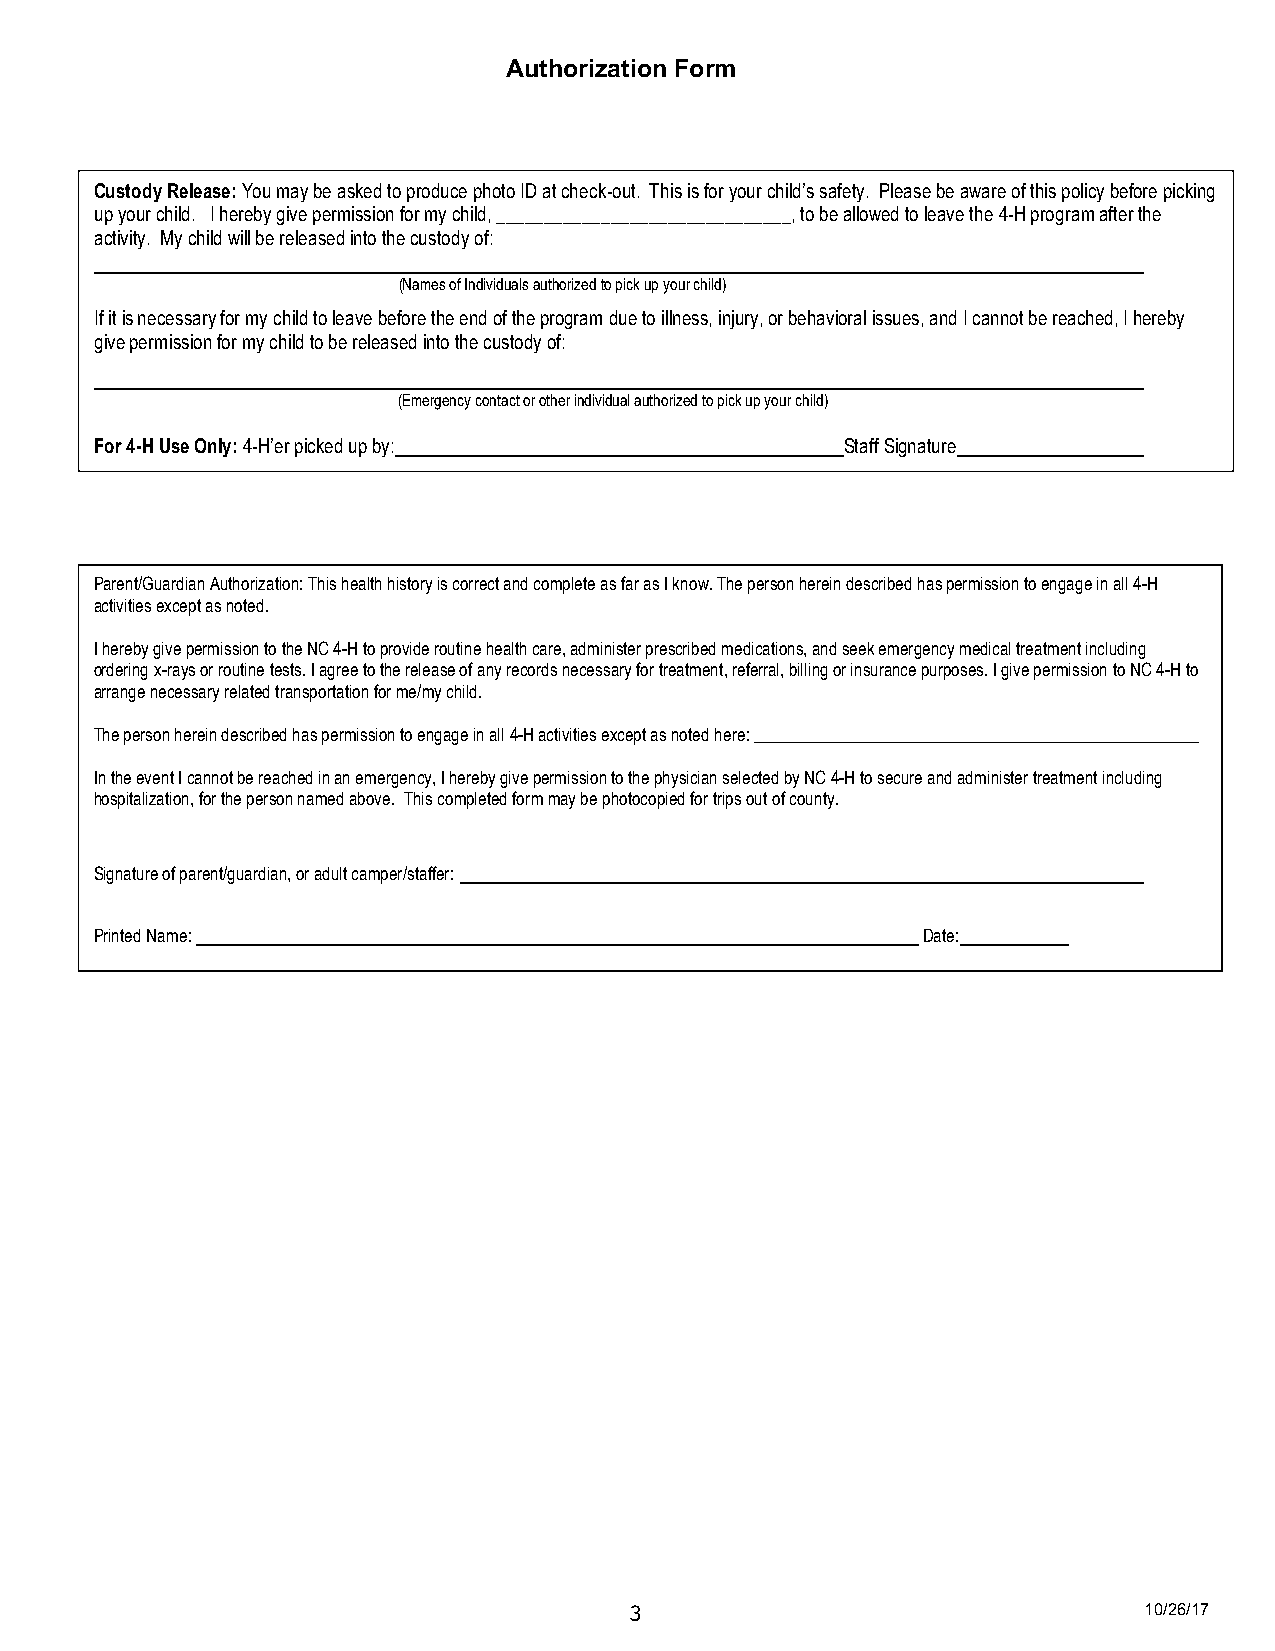
Authorization Form
 Custody Release: You may be asked to produce photo ID at check-out. This is for your child’s safety. Please be aware of this policy before picking
 up your child. I hereby give permission for my child, _______________________________, to be allowed to leave the 4-H program after the
 activity. My child will be released into the custody of:
 (Names of Individuals authorized to pick up your child)
 If it is necessary for my child to leave before the end of the program due to illness, injury, or behavioral issues, and I cannot be reached, I hereby
 give permission for my child to be released into the custody of:
 (Emergency contact or other individual authorized to pick up your child)
 For 4-H Use Only: 4-H’er picked up by:            Staff Signature
 Parent/Guardian Authorization: This health history is correct and complete as far as I know. The person herein described has permission to engage in all 4-H
 activities except as noted.
 I hereby give permission to the NC 4-H to provide routine health care, administer prescribed medications, and seek emergency medical treatment including
 ordering x-rays or routine tests. I agree to the release of any records necessary for treatment, referral, billing or insurance purposes. I give permission to NC 4-H to
 arrange necessary related transportation for me/my child.
 The person herein described has permission to engage in all 4-H activities except as noted here: ____________________________________________________
 In the event I cannot be reached in an emergency, I hereby give permission to the physician selected by NC 4-H to secure and administer treatment including
 hospitalization, for the person named above. This completed form may be photocopied for trips out of county.
 Signature of parent/guardian, or adult camper/staffer:
 Printed Name:                                          Date:
 3                                 10/26/17